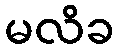
မလိခ